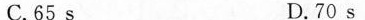
C.65s D.70s